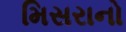
મિસરાનો